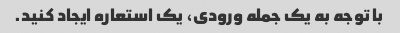
با توجه به یک جمله ورودی، یک استعاره ایجاد کنید.